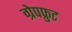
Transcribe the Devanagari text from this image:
ग्रेपफ्रुट